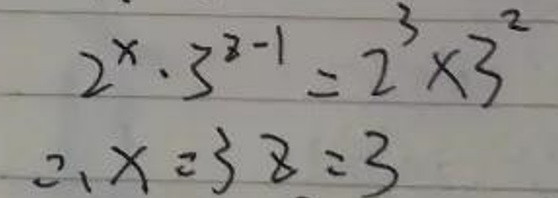
\(2^{x}\cdot3^{z - 1}&=2^{3}\times3^{2}\)\\
\(\therefore x=3,z = 3\)